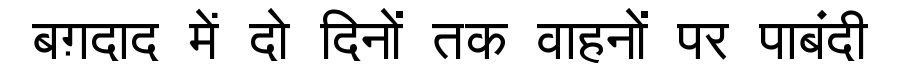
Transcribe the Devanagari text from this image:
बग़दाद में दो दिनों तक वाहनों पर पाबंदी